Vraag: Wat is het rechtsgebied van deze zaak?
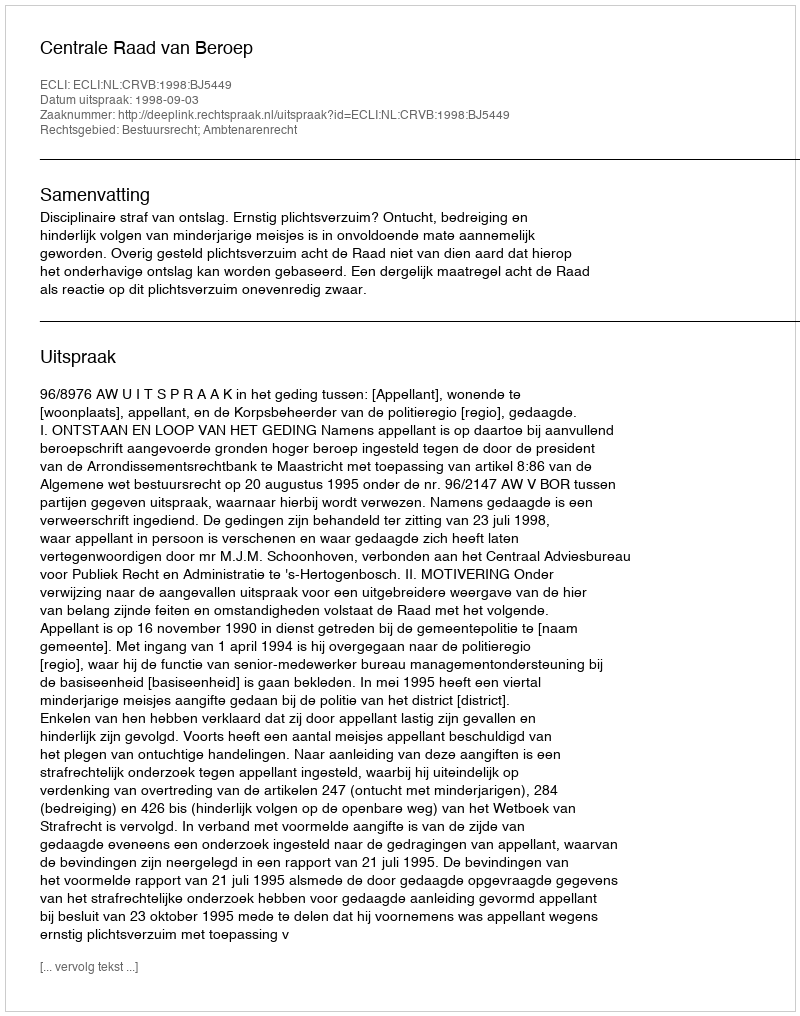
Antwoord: Bestuursrecht; Ambtenarenrecht